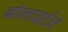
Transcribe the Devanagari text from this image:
बोनापार्टने